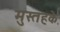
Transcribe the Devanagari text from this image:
मुस्तहके़